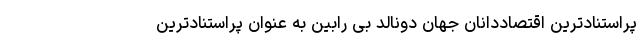
پراستنادترین اقتصاددانان جهان دونالد بی رابین به عنوان پراستنادترین